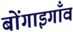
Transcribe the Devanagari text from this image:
बोंगाइगाँव